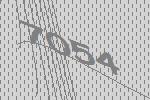
7054